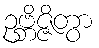
ဥဗ္ဘိဇ္ဇိတွာ